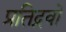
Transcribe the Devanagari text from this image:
प्रतिद्रवों